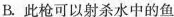
B.此枪可以射杀水中的鱼